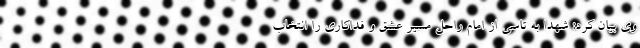
وی بیان کرد: شهدا به تاسی از امام راحل مسیر عشق و فداکاری را انتخاب